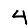
Digit: 4